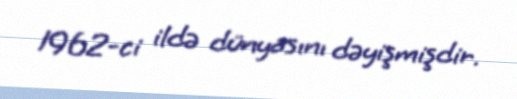
1962-ci ildə dünyasını dəyişmişdir.